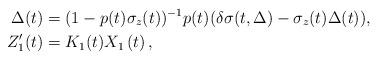
LaTeX: \begin{align*}\Delta(t) & =(1-p(t)\sigma_{z}(t))^{-1}p(t)(\delta\sigma(t,\Delta)-\sigma_{z}(t)\Delta(t)),\\Z_{1}^{\prime}(t) & =K_{1}(t)X_{1}\left( t\right) ,\end{align*}